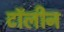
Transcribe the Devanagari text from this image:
टॉलीन